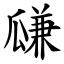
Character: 㼓